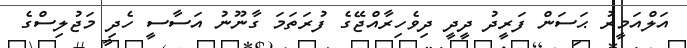
އަލްއަމީރު ޙަސަން ފަރީދު ދީދީ ދިވެހިރާއްޖޭގެ ފުރަތަމަ ގާނޫނު އަސާސީ ހެދި މަޖުލިސްގެ